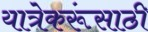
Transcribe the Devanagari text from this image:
यात्रेकरूंसाठी